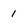
Character: 1